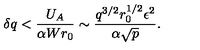
\delta q < { \frac { U _ { A } } { \alpha W r _ { 0 } } } \sim { \frac { q ^ { 3 / 2 } r _ { 0 } ^ { 1 / 2 } \epsilon ^ { 2 } } { \alpha \sqrt { p } } } .